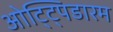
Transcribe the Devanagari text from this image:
ओट्ट्पिडारम